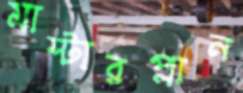
মাস্টারপ্লান